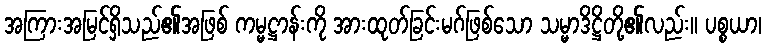
အကြားအမြင်ရှိသည်၏အဖြစ် ကမ္မဋ္ဌာန်းကို အားထုတ်ခြင်းမဂ်ဖြစ်သော သမ္မာဒိဋ္ဌိတို့၏လည်း။ ပစ္စယာ၊